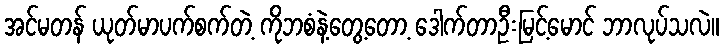
အင်မတန် ယုတ်မာပက်စက်တဲ့ ကိုဘစံနဲ့တွေ့တော့ ဒေါက်တာဦးမြင့်မောင် ဘာလုပ်သလဲ။